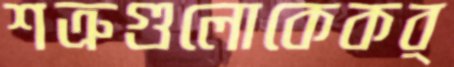
শত্রুগুলোকেকর্